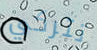
تتركي